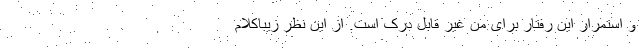
و استمرار این رفتار برای من غیر قابل درک است. از این نظر زیباکلام